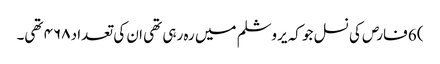
) 6 فارص کی نسل جو کہ یروشلم میں رہ رہی تھی ان کی تعداد ۴۶۸ تھی۔